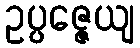
ဥပ္ပဇ္ဇေယျ